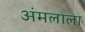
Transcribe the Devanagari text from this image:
अंमलाला